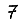
Digit: 7